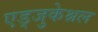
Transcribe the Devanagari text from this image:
एड्जुकेश्नल